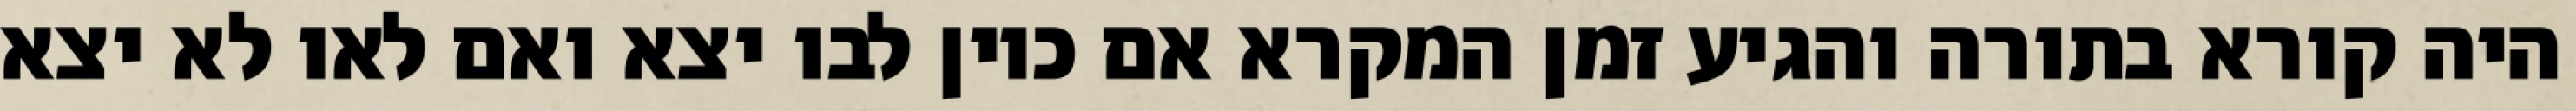
היה קורא בתורה והגיע זמן המקרא אם כיון לבו יצא ואם לאו לא יצא